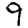
Digit: 9